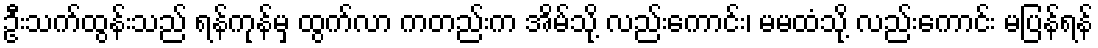
ဦးသက်ထွန်းသည် ရန်ကုန်မှ ထွက်လာ ကတည်းက အိမ်သို့ လည်းကောင်း၊ မမထံသို့ လည်းကောင်း မပြန်ရန်